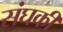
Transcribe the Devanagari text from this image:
संघकी